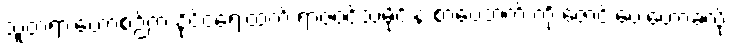
သူတရားဟောစဉ်က နိုင်ငံရေးထက် ရာဇဝင်သမိုင်းနဲ့ စာပေဘက် ကို ဇောင်းပေးဟောခဲ့လို့